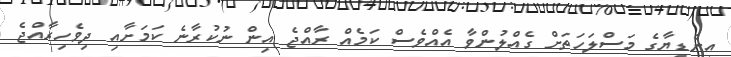
އިންޑިޔާގެ މަސްލަހަތަށް ގެއްލުންވާ އެއްވެސް ކަމެއް ރާއްޖެ އިން ނުކުރާނެ ކަމަށާއި ދިވެހިރާއްޖެ